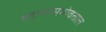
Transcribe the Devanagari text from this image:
थडग्यांसभोवताल